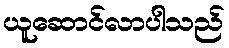
ယူဆောင်လာပါသည်